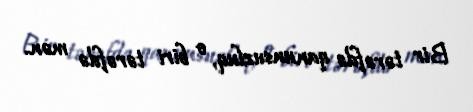
Bir tərəfdə qanunsuzluq, o biri tərəfdə mən.